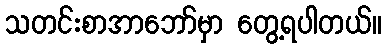
သတင်းစာအာဘော်မှာ တွေ့ရပါတယ်။